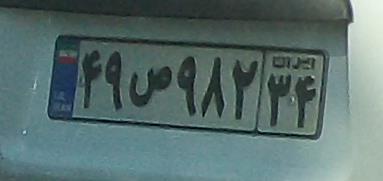
۴۹ص۹۸۲۳۴